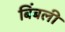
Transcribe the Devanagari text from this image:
बिंबली